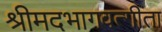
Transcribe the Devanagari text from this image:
श्रीमदभागवत्गीता